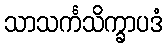
သာသင်္ကသိက္ခာပဒံ